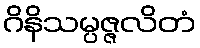
ဂိနိသမ္ပဇ္ဇလိတံ